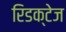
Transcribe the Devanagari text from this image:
रिडक्टेज